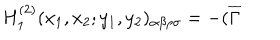
H _ { 1 } ^ { ( 2 ) } ( x _ { 1 } , x _ { 2 } ; y _ { 1 } , y _ { 2 } ) _ { \alpha \beta \rho \sigma } = - ( \overline { { { \Gamma } } }